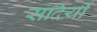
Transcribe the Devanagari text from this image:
सदियीं